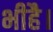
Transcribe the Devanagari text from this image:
भीहै।